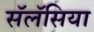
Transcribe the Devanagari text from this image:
सॅलॅसिया